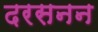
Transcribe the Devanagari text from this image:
दरसनन